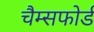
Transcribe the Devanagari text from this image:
चैम्सफोर्ड